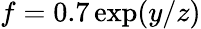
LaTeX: f=0.7\exp(y/z)